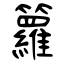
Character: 籮